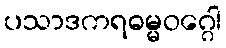
ပသာဒကရဓမ္မဝဂ္ဂေါ